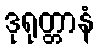
ဒုရုတ္တာနံ